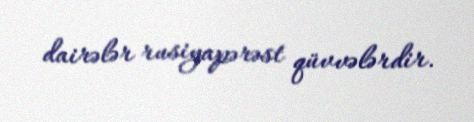
dairələr rusiyapərəst qüvvələrdir.